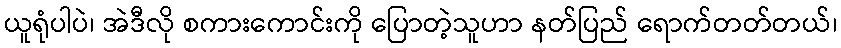
ယူရုံပါပဲ၊ အဲဒီလို စကားကောင်းကို ပြောတဲ့သူဟာ နတ်ပြည် ရောက်တတ်တယ်၊